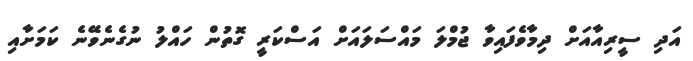
އަދި ސީރިއާއަށް ދިމާވެފައިވާ ޖުމްލަ މައްސަލައަށް އަސްކަރީ ގޮތުން ހައްލު ނުގެނެވޭނެ ކަމަށާއި